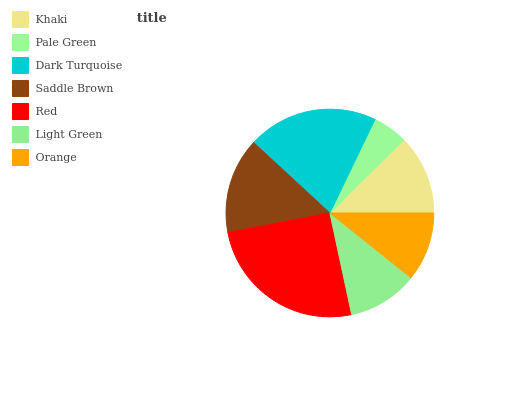
| Khaki | Pale Green | Dark Turquoise | Saddle Brown | Red | Light Green | Orange |
 | --- | --- | --- | --- | --- | --- | --- |
 | 12.4% | 5.45% | 20.2% | 14.9% | 25.3% | 10.9% | 10.7% |